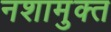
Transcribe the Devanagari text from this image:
नशामुक्त